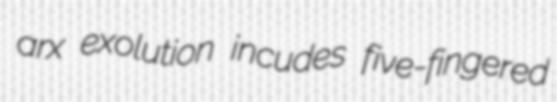
arx exolution incudes five-fingered